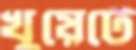
খুয়েটে